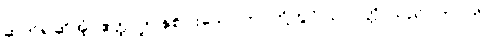
ဆက်၍ဆိုအံ့။ ဧတ္ထ၊ ဤနှစ်ပါးသော ဘဝတို့တွင်။ ဥပပတ္တိ၊ သည်။ ဘဝတိ၊